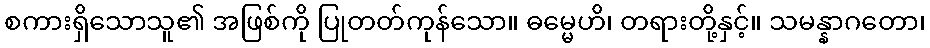
စကားရှိသောသူ၏ အဖြစ်ကို ပြုတတ်ကုန်သော။ ဓမ္မေဟိ၊ တရားတို့နှင့်။ သမန္နာဂတော၊